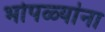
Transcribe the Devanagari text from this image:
भोपळ्यांना